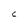
Character: C